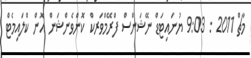
މާޗް 2011 : 9:03 ޔުނައިޓަޑް ނޭޝަންސް ފްރޭމްވަރކް ކޮންވެންޝަން އޮން ކްލައިމެޓް